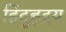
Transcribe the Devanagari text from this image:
हिंदूहृदय